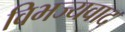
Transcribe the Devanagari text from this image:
विभज्यवाद